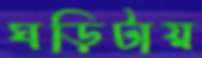
ঘড়িটায়